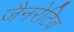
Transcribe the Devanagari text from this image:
जैनरेटिव